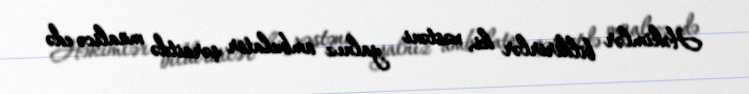
Həkimlər bildirirlər ki, xəstəni yalnız ambulator şəraitdə müalicə edə